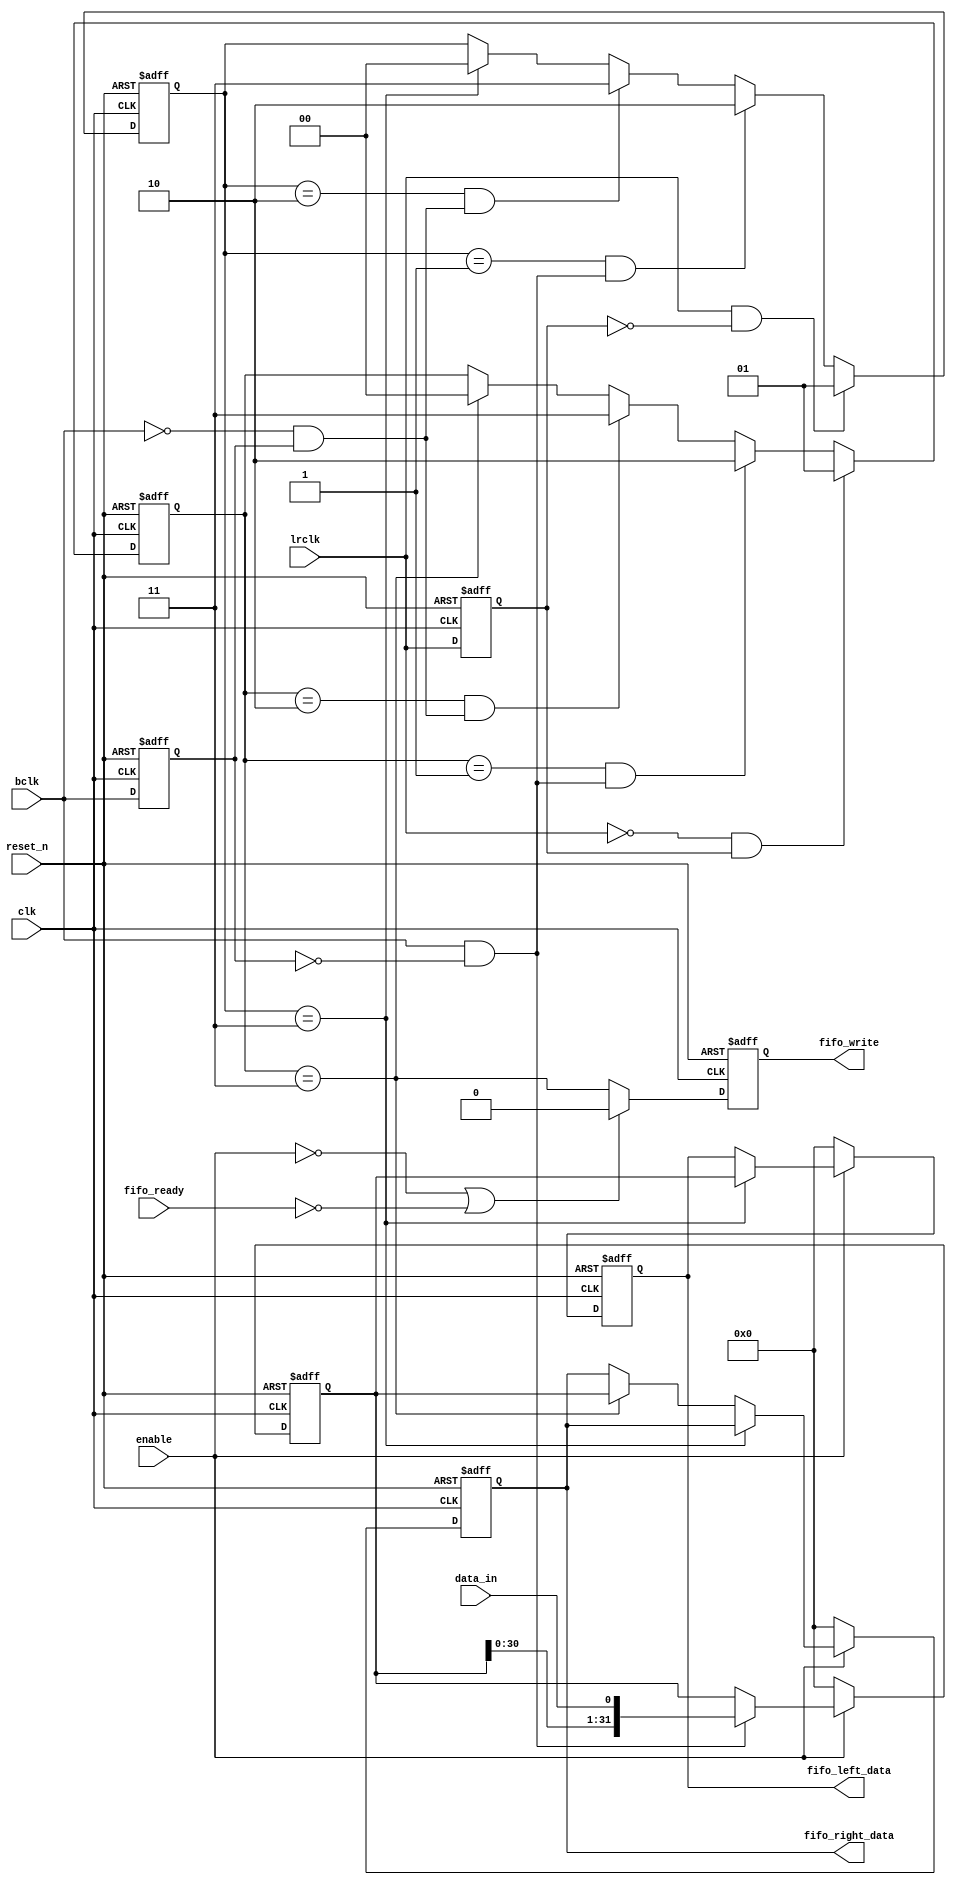
module i2s_shift_in (
	input				clk,				
	input				reset_n,			
	output reg	[31:0]	fifo_right_data,	
	output reg	[31:0]	fifo_left_data,		
	input				fifo_ready,			
	output reg			fifo_write,			
	input				enable,				
	input				bclk,				
	input				lrclk,				
	input				data_in				
);
	reg bclk_delayed;
	always @(posedge clk or negedge reset_n)
	begin
		if (~reset_n)
		begin
			bclk_delayed <= 0;
		end
		else
		begin
			bclk_delayed <= bclk;
		end
	end
	wire bclk_rising_edge = bclk & ~bclk_delayed;
	wire bclk_falling_edge = ~bclk & bclk_delayed;
	reg lrclk_delayed;
	always @(posedge clk or negedge reset_n)
	begin
		if (~reset_n)
		begin
			lrclk_delayed <= 0;
		end
		else
		begin
			lrclk_delayed <= lrclk;
		end
	end
	wire lrclk_rising_edge = lrclk & ~lrclk_delayed;
	wire lrclk_falling_edge = ~lrclk & lrclk_delayed;
	reg [1:0] first_bclk_falling_after_lrclk_rising_r;
	always @(posedge clk or negedge reset_n)
	begin
		if (~reset_n)
		begin
			first_bclk_falling_after_lrclk_rising_r <= 0;
		end
		else
		begin
			if (lrclk_rising_edge)
				first_bclk_falling_after_lrclk_rising_r <= 2'b01;
			else if (first_bclk_falling_after_lrclk_rising_r == 2'b01 && bclk_rising_edge)
				first_bclk_falling_after_lrclk_rising_r <= 2'b10;
			else if (first_bclk_falling_after_lrclk_rising_r == 2'b10 && bclk_falling_edge)
				first_bclk_falling_after_lrclk_rising_r <= 2'b11;
			else if (first_bclk_falling_after_lrclk_rising_r == 2'b11)
				first_bclk_falling_after_lrclk_rising_r <= 2'b00;
		end
	end
	wire first_bclk_falling_after_lrclk_rising = first_bclk_falling_after_lrclk_rising_r == 2'b11;
	reg [1:0] first_bclk_falling_after_lrclk_falling_r;
	always @(posedge clk or negedge reset_n)
	begin
		if (~reset_n)
		begin
			first_bclk_falling_after_lrclk_falling_r <= 0;
		end
		else
		begin
			if (lrclk_falling_edge)
				first_bclk_falling_after_lrclk_falling_r <= 2'b01;
			else if (first_bclk_falling_after_lrclk_falling_r == 2'b01 && bclk_rising_edge)
				first_bclk_falling_after_lrclk_falling_r <= 2'b10;
			else if (first_bclk_falling_after_lrclk_falling_r == 2'b10 && bclk_falling_edge)
				first_bclk_falling_after_lrclk_falling_r <= 2'b11;
			else if (first_bclk_falling_after_lrclk_falling_r == 2'b11)
				first_bclk_falling_after_lrclk_falling_r <= 2'b00;
		end
	end
	wire first_bclk_falling_after_lrclk_falling = first_bclk_falling_after_lrclk_falling_r == 2'b11;
	reg [31:0] shift_register;
	always @(posedge clk or negedge reset_n)
	begin
		if (~reset_n)
		begin
			shift_register <= 0;
		end
		else
		begin
			if (~enable)
				shift_register <= 0;
			else if (bclk_rising_edge)
				shift_register <= {shift_register[30:0], data_in};
		end
	end
	always @(posedge clk or negedge reset_n)
	begin
		if (~reset_n)
		begin
			fifo_right_data <= 0;
			fifo_left_data <= 0;
		end
		else
		begin
			if (~enable)
			begin
				fifo_right_data <= 0;
				fifo_left_data <= 0;
			end
			else if (first_bclk_falling_after_lrclk_rising)
				fifo_left_data <= shift_register;
			else if (first_bclk_falling_after_lrclk_falling)
				fifo_right_data <= shift_register;
		end				
	end
	always @(posedge clk or negedge reset_n)
	begin
		if (~reset_n)
		begin
			fifo_write <= 0;
		end
		else
		begin
			if (~enable | ~fifo_ready)
				fifo_write <= 0;
			else
				fifo_write <= first_bclk_falling_after_lrclk_falling;
		end
	end
endmodule